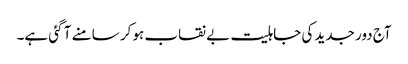
آج دور جدید کی جاہلیت بے نقاب ہو کر سامنے آ گئی ہے۔